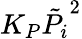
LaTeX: K_{P}\tilde{P_{i}}^{2}